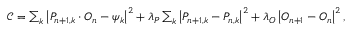
\begin{array} { r } { \mathcal { C } = \sum _ { k } \left| P _ { n + 1 , k } \cdot O _ { n } - \psi _ { k } \right| ^ { 2 } + \lambda _ { P } \sum _ { k } \left| P _ { n + 1 , k } - P _ { n , k } \right| ^ { 2 } + \lambda _ { O } \left| O _ { n + 1 } - O _ { n } \right| ^ { 2 } , } \end{array}